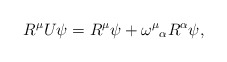
\begin{align*}R^{\mu }U\psi =R^{\mu }\psi +\omega ^{\mu }{}_{\alpha }R^{\alpha }\psi ,\end{align*}